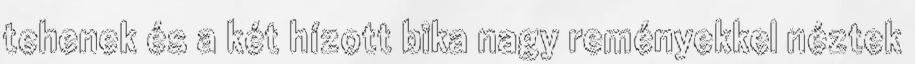
tehenek és a két hízott bika nagy reményekkel néztek